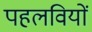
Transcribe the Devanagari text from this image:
पहलवियों